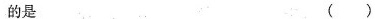
的是 ()